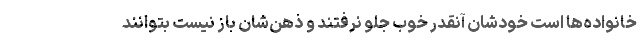
خانواده‌ها است خودشان آنقدر خوب جلو نرفتند و ذهن‌شان باز نیست بتوانند